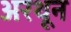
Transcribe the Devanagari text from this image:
अरथून